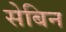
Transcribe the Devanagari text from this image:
सेबिन